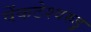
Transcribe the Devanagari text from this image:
वेंकटेश्वरुडु